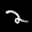
Label: 2